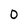
Character: 0